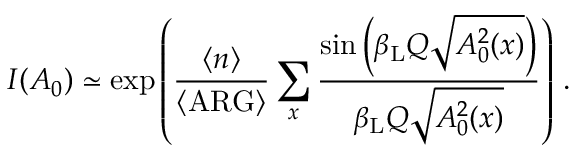
I ( A _ { 0 } ) \simeq \exp \left( \frac { \langle n \rangle } { \langle \mathrm { A R G } \rangle } \sum _ { x } \frac { \sin \left( \beta _ { \mathrm { L } } Q \sqrt { A _ { 0 } ^ { 2 } ( x ) } \right) } { \beta _ { \mathrm { L } } Q \sqrt { A _ { 0 } ^ { 2 } ( x ) } } \right) \, .